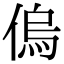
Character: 𠌥